Tezpur Lunatic Asylum reports 1877-1894 - 1877-1894
Year: 1877
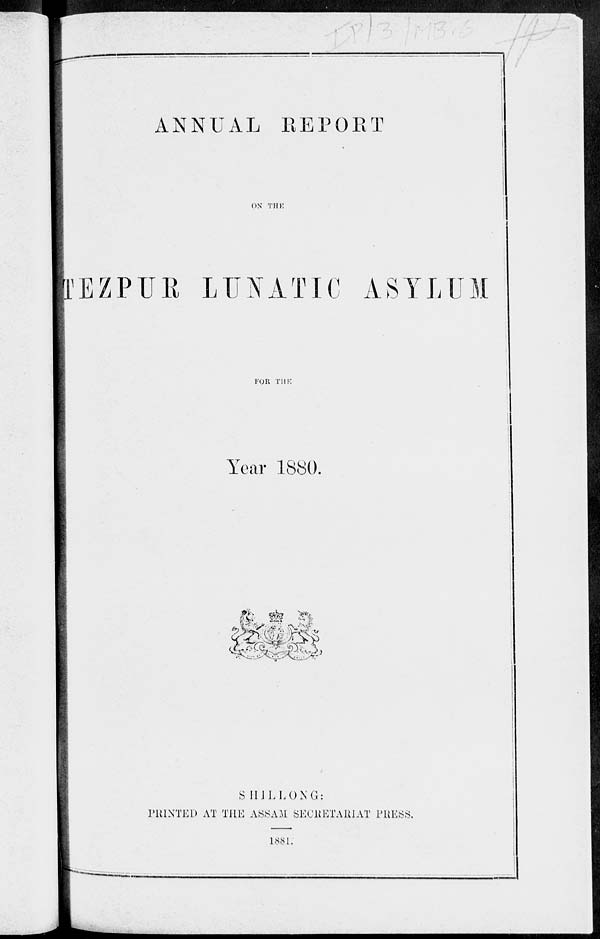
ANNUAL EEPOET
ON THK
KEZPUR LUNATIC ASYLUM
FOR THE
Year 1880.
*--»
outa Sw
>***
S HiLLONG:
PRINTED AT THE ASSAM SECRETARIAT PRESS.
1881.